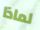
لماذا